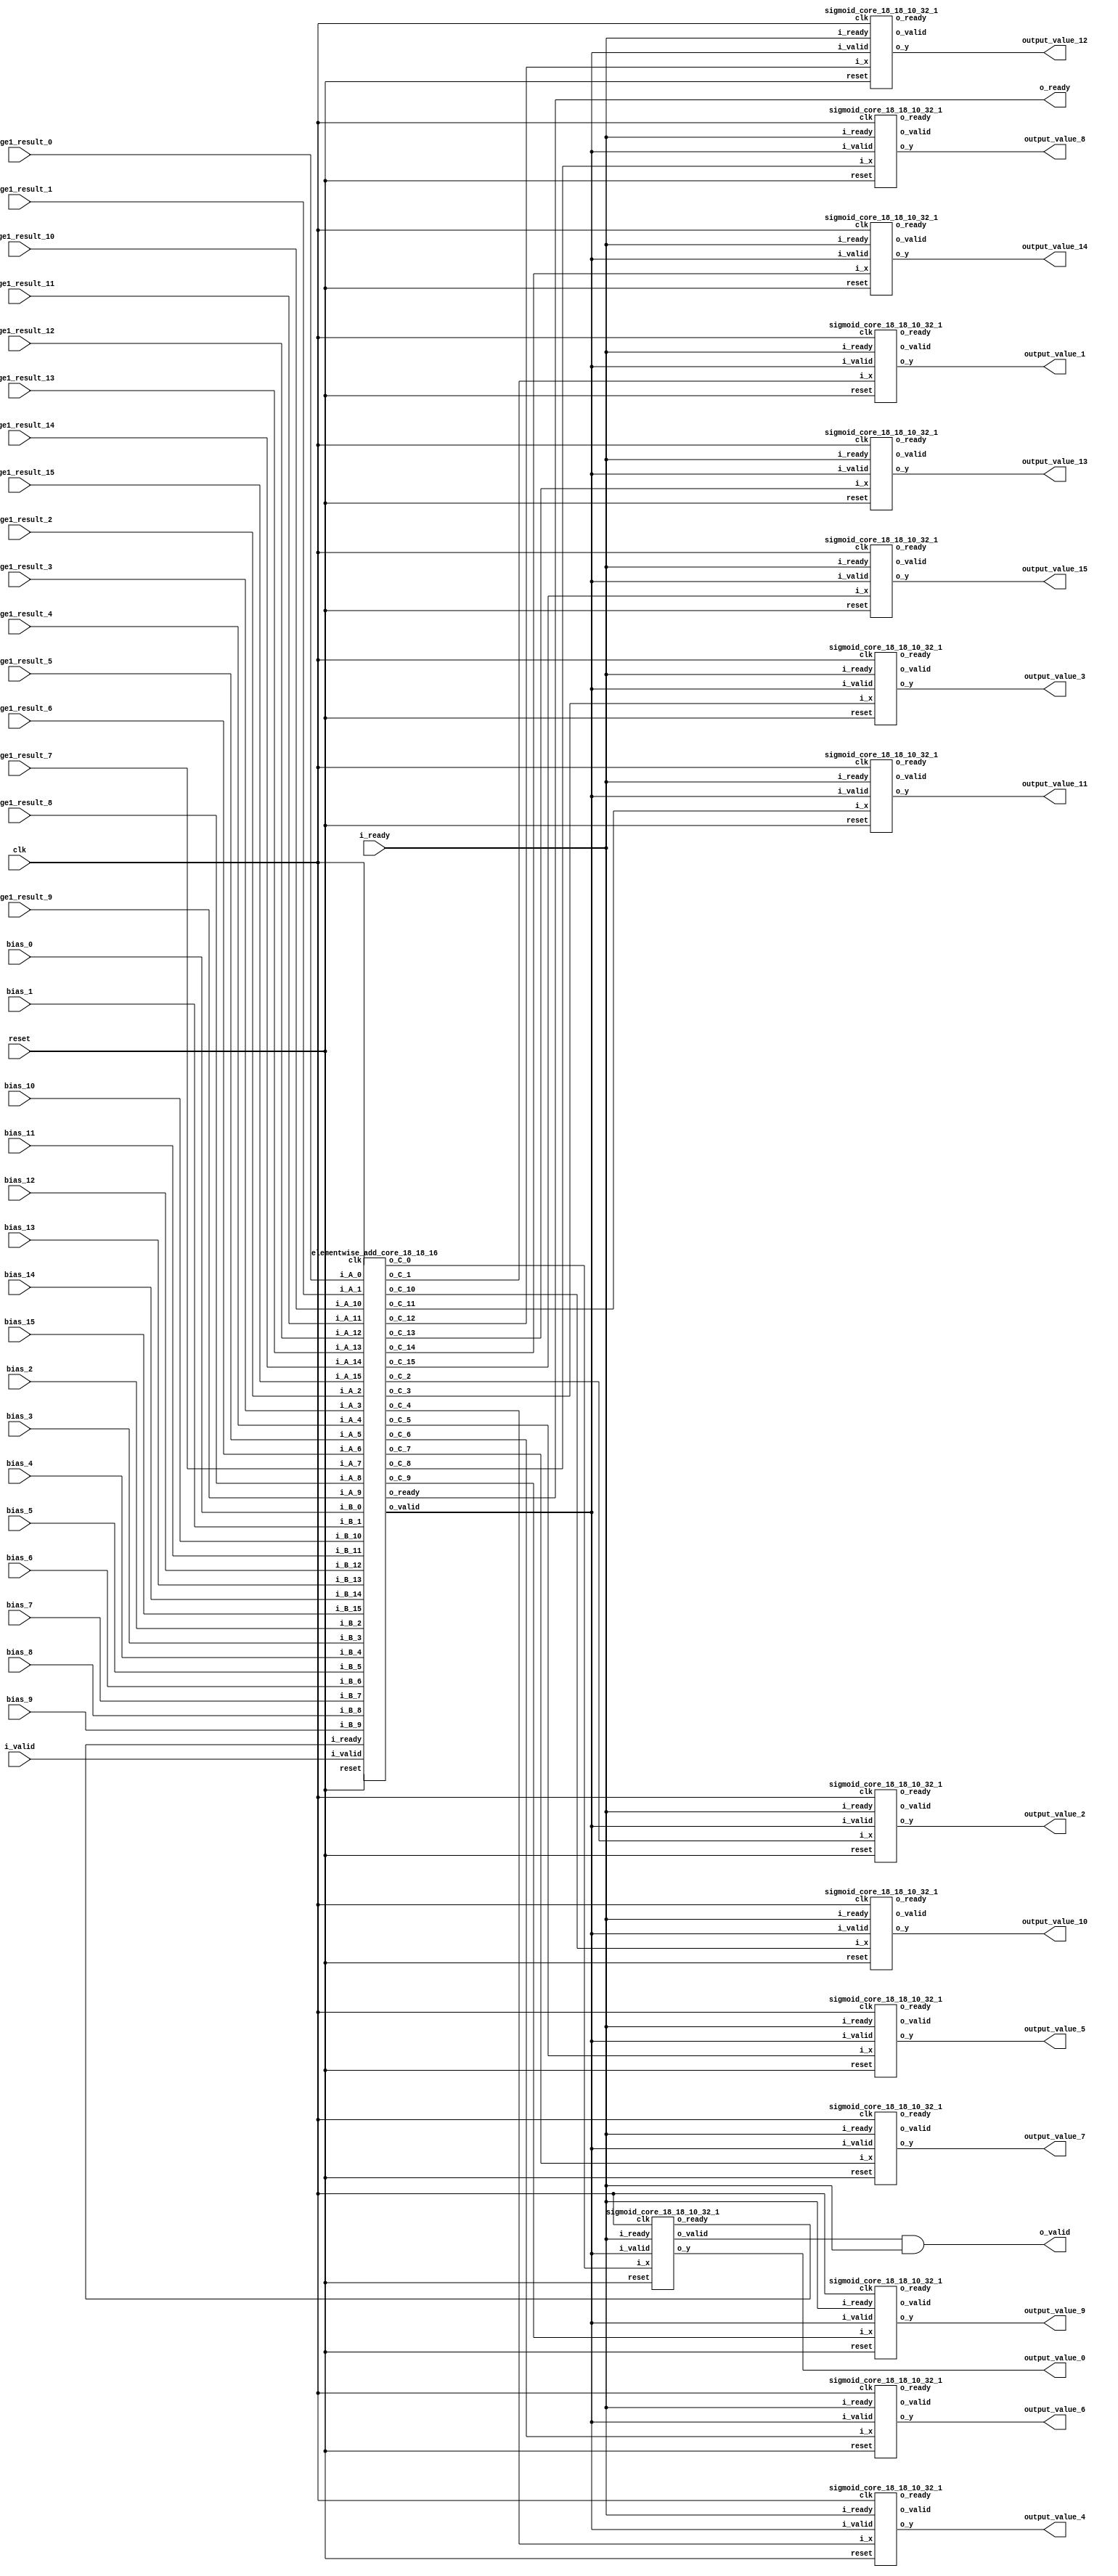
`define SIMULATION_MEMORY

module output_activation_18_10_16_1 (
	input clk,
	input reset,
	input i_ready,
	input i_valid,
	input [17:0] stage1_result_0,
	input [17:0] bias_0,
	output [17:0] output_value_0,
	input [17:0] stage1_result_1,
	input [17:0] bias_1,
	output [17:0] output_value_1,
	input [17:0] stage1_result_2,
	input [17:0] bias_2,
	output [17:0] output_value_2,
	input [17:0] stage1_result_3,
	input [17:0] bias_3,
	output [17:0] output_value_3,
	input [17:0] stage1_result_4,
	input [17:0] bias_4,
	output [17:0] output_value_4,
	input [17:0] stage1_result_5,
	input [17:0] bias_5,
	output [17:0] output_value_5,
	input [17:0] stage1_result_6,
	input [17:0] bias_6,
	output [17:0] output_value_6,
	input [17:0] stage1_result_7,
	input [17:0] bias_7,
	output [17:0] output_value_7,
	input [17:0] stage1_result_8,
	input [17:0] bias_8,
	output [17:0] output_value_8,
	input [17:0] stage1_result_9,
	input [17:0] bias_9,
	output [17:0] output_value_9,
	input [17:0] stage1_result_10,
	input [17:0] bias_10,
	output [17:0] output_value_10,
	input [17:0] stage1_result_11,
	input [17:0] bias_11,
	output [17:0] output_value_11,
	input [17:0] stage1_result_12,
	input [17:0] bias_12,
	output [17:0] output_value_12,
	input [17:0] stage1_result_13,
	input [17:0] bias_13,
	output [17:0] output_value_13,
	input [17:0] stage1_result_14,
	input [17:0] bias_14,
	output [17:0] output_value_14,
	input [17:0] stage1_result_15,
	input [17:0] bias_15,
	output [17:0] output_value_15,
	output o_valid,
	output o_ready
);

wire adder2_valid, adder2_ready;
wire sigmoid_valid_0, sigmoid_ready_0;
wire [17:0] o_add2_0;
wire [17:0] o_sigmoid_0;
wire sigmoid_valid_1, sigmoid_ready_1;
wire [17:0] o_add2_1;
wire [17:0] o_sigmoid_1;
wire sigmoid_valid_2, sigmoid_ready_2;
wire [17:0] o_add2_2;
wire [17:0] o_sigmoid_2;
wire sigmoid_valid_3, sigmoid_ready_3;
wire [17:0] o_add2_3;
wire [17:0] o_sigmoid_3;
wire sigmoid_valid_4, sigmoid_ready_4;
wire [17:0] o_add2_4;
wire [17:0] o_sigmoid_4;
wire sigmoid_valid_5, sigmoid_ready_5;
wire [17:0] o_add2_5;
wire [17:0] o_sigmoid_5;
wire sigmoid_valid_6, sigmoid_ready_6;
wire [17:0] o_add2_6;
wire [17:0] o_sigmoid_6;
wire sigmoid_valid_7, sigmoid_ready_7;
wire [17:0] o_add2_7;
wire [17:0] o_sigmoid_7;
wire sigmoid_valid_8, sigmoid_ready_8;
wire [17:0] o_add2_8;
wire [17:0] o_sigmoid_8;
wire sigmoid_valid_9, sigmoid_ready_9;
wire [17:0] o_add2_9;
wire [17:0] o_sigmoid_9;
wire sigmoid_valid_10, sigmoid_ready_10;
wire [17:0] o_add2_10;
wire [17:0] o_sigmoid_10;
wire sigmoid_valid_11, sigmoid_ready_11;
wire [17:0] o_add2_11;
wire [17:0] o_sigmoid_11;
wire sigmoid_valid_12, sigmoid_ready_12;
wire [17:0] o_add2_12;
wire [17:0] o_sigmoid_12;
wire sigmoid_valid_13, sigmoid_ready_13;
wire [17:0] o_add2_13;
wire [17:0] o_sigmoid_13;
wire sigmoid_valid_14, sigmoid_ready_14;
wire [17:0] o_add2_14;
wire [17:0] o_sigmoid_14;
wire sigmoid_valid_15, sigmoid_ready_15;
wire [17:0] o_add2_15;
wire [17:0] o_sigmoid_15;
wire enable;
assign enable = i_ready;

elementwise_add_core_18_18_16 elementwise_add_core_18_18_16_inst (
	.clk(clk),
	.reset(reset),
	.i_valid(i_valid),
	.i_ready(sigmoid_ready_0),
	.i_A_0(stage1_result_0),
	.i_B_0(bias_0),
	.o_C_0(o_add2_0),
	.i_A_1(stage1_result_1),
	.i_B_1(bias_1),
	.o_C_1(o_add2_1),
	.i_A_2(stage1_result_2),
	.i_B_2(bias_2),
	.o_C_2(o_add2_2),
	.i_A_3(stage1_result_3),
	.i_B_3(bias_3),
	.o_C_3(o_add2_3),
	.i_A_4(stage1_result_4),
	.i_B_4(bias_4),
	.o_C_4(o_add2_4),
	.i_A_5(stage1_result_5),
	.i_B_5(bias_5),
	.o_C_5(o_add2_5),
	.i_A_6(stage1_result_6),
	.i_B_6(bias_6),
	.o_C_6(o_add2_6),
	.i_A_7(stage1_result_7),
	.i_B_7(bias_7),
	.o_C_7(o_add2_7),
	.i_A_8(stage1_result_8),
	.i_B_8(bias_8),
	.o_C_8(o_add2_8),
	.i_A_9(stage1_result_9),
	.i_B_9(bias_9),
	.o_C_9(o_add2_9),
	.i_A_10(stage1_result_10),
	.i_B_10(bias_10),
	.o_C_10(o_add2_10),
	.i_A_11(stage1_result_11),
	.i_B_11(bias_11),
	.o_C_11(o_add2_11),
	.i_A_12(stage1_result_12),
	.i_B_12(bias_12),
	.o_C_12(o_add2_12),
	.i_A_13(stage1_result_13),
	.i_B_13(bias_13),
	.o_C_13(o_add2_13),
	.i_A_14(stage1_result_14),
	.i_B_14(bias_14),
	.o_C_14(o_add2_14),
	.i_A_15(stage1_result_15),
	.i_B_15(bias_15),
	.o_C_15(o_add2_15),
	.o_valid(adder2_valid),
	.o_ready(adder2_ready)
);

sigmoid_core_18_18_10_32_1 sigmoid_core_18_18_10_32_1_inst_0 (
	.clk(clk),
	.reset(reset),
	.i_valid(adder2_valid),
	.i_ready(i_ready),
	.o_ready(sigmoid_ready_0),
	.o_valid(sigmoid_valid_0),
	.i_x(o_add2_0),
	.o_y(o_sigmoid_0)
);

sigmoid_core_18_18_10_32_1 sigmoid_core_18_18_10_32_1_inst_1 (
	.clk(clk),
	.reset(reset),
	.i_valid(adder2_valid),
	.i_ready(i_ready),
	.o_ready(sigmoid_ready_1),
	.o_valid(sigmoid_valid_1),
	.i_x(o_add2_1),
	.o_y(o_sigmoid_1)
);

sigmoid_core_18_18_10_32_1 sigmoid_core_18_18_10_32_1_inst_2 (
	.clk(clk),
	.reset(reset),
	.i_valid(adder2_valid),
	.i_ready(i_ready),
	.o_ready(sigmoid_ready_2),
	.o_valid(sigmoid_valid_2),
	.i_x(o_add2_2),
	.o_y(o_sigmoid_2)
);

sigmoid_core_18_18_10_32_1 sigmoid_core_18_18_10_32_1_inst_3 (
	.clk(clk),
	.reset(reset),
	.i_valid(adder2_valid),
	.i_ready(i_ready),
	.o_ready(sigmoid_ready_3),
	.o_valid(sigmoid_valid_3),
	.i_x(o_add2_3),
	.o_y(o_sigmoid_3)
);

sigmoid_core_18_18_10_32_1 sigmoid_core_18_18_10_32_1_inst_4 (
	.clk(clk),
	.reset(reset),
	.i_valid(adder2_valid),
	.i_ready(i_ready),
	.o_ready(sigmoid_ready_4),
	.o_valid(sigmoid_valid_4),
	.i_x(o_add2_4),
	.o_y(o_sigmoid_4)
);

sigmoid_core_18_18_10_32_1 sigmoid_core_18_18_10_32_1_inst_5 (
	.clk(clk),
	.reset(reset),
	.i_valid(adder2_valid),
	.i_ready(i_ready),
	.o_ready(sigmoid_ready_5),
	.o_valid(sigmoid_valid_5),
	.i_x(o_add2_5),
	.o_y(o_sigmoid_5)
);

sigmoid_core_18_18_10_32_1 sigmoid_core_18_18_10_32_1_inst_6 (
	.clk(clk),
	.reset(reset),
	.i_valid(adder2_valid),
	.i_ready(i_ready),
	.o_ready(sigmoid_ready_6),
	.o_valid(sigmoid_valid_6),
	.i_x(o_add2_6),
	.o_y(o_sigmoid_6)
);

sigmoid_core_18_18_10_32_1 sigmoid_core_18_18_10_32_1_inst_7 (
	.clk(clk),
	.reset(reset),
	.i_valid(adder2_valid),
	.i_ready(i_ready),
	.o_ready(sigmoid_ready_7),
	.o_valid(sigmoid_valid_7),
	.i_x(o_add2_7),
	.o_y(o_sigmoid_7)
);

sigmoid_core_18_18_10_32_1 sigmoid_core_18_18_10_32_1_inst_8 (
	.clk(clk),
	.reset(reset),
	.i_valid(adder2_valid),
	.i_ready(i_ready),
	.o_ready(sigmoid_ready_8),
	.o_valid(sigmoid_valid_8),
	.i_x(o_add2_8),
	.o_y(o_sigmoid_8)
);

sigmoid_core_18_18_10_32_1 sigmoid_core_18_18_10_32_1_inst_9 (
	.clk(clk),
	.reset(reset),
	.i_valid(adder2_valid),
	.i_ready(i_ready),
	.o_ready(sigmoid_ready_9),
	.o_valid(sigmoid_valid_9),
	.i_x(o_add2_9),
	.o_y(o_sigmoid_9)
);

sigmoid_core_18_18_10_32_1 sigmoid_core_18_18_10_32_1_inst_10 (
	.clk(clk),
	.reset(reset),
	.i_valid(adder2_valid),
	.i_ready(i_ready),
	.o_ready(sigmoid_ready_10),
	.o_valid(sigmoid_valid_10),
	.i_x(o_add2_10),
	.o_y(o_sigmoid_10)
);

sigmoid_core_18_18_10_32_1 sigmoid_core_18_18_10_32_1_inst_11 (
	.clk(clk),
	.reset(reset),
	.i_valid(adder2_valid),
	.i_ready(i_ready),
	.o_ready(sigmoid_ready_11),
	.o_valid(sigmoid_valid_11),
	.i_x(o_add2_11),
	.o_y(o_sigmoid_11)
);

sigmoid_core_18_18_10_32_1 sigmoid_core_18_18_10_32_1_inst_12 (
	.clk(clk),
	.reset(reset),
	.i_valid(adder2_valid),
	.i_ready(i_ready),
	.o_ready(sigmoid_ready_12),
	.o_valid(sigmoid_valid_12),
	.i_x(o_add2_12),
	.o_y(o_sigmoid_12)
);

sigmoid_core_18_18_10_32_1 sigmoid_core_18_18_10_32_1_inst_13 (
	.clk(clk),
	.reset(reset),
	.i_valid(adder2_valid),
	.i_ready(i_ready),
	.o_ready(sigmoid_ready_13),
	.o_valid(sigmoid_valid_13),
	.i_x(o_add2_13),
	.o_y(o_sigmoid_13)
);

sigmoid_core_18_18_10_32_1 sigmoid_core_18_18_10_32_1_inst_14 (
	.clk(clk),
	.reset(reset),
	.i_valid(adder2_valid),
	.i_ready(i_ready),
	.o_ready(sigmoid_ready_14),
	.o_valid(sigmoid_valid_14),
	.i_x(o_add2_14),
	.o_y(o_sigmoid_14)
);

sigmoid_core_18_18_10_32_1 sigmoid_core_18_18_10_32_1_inst_15 (
	.clk(clk),
	.reset(reset),
	.i_valid(adder2_valid),
	.i_ready(i_ready),
	.o_ready(sigmoid_ready_15),
	.o_valid(sigmoid_valid_15),
	.i_x(o_add2_15),
	.o_y(o_sigmoid_15)
);

assign o_ready = adder2_ready;
assign o_valid = sigmoid_valid_0 & i_ready;
assign output_value_0 = o_sigmoid_0;
assign output_value_1 = o_sigmoid_1;
assign output_value_2 = o_sigmoid_2;
assign output_value_3 = o_sigmoid_3;
assign output_value_4 = o_sigmoid_4;
assign output_value_5 = o_sigmoid_5;
assign output_value_6 = o_sigmoid_6;
assign output_value_7 = o_sigmoid_7;
assign output_value_8 = o_sigmoid_8;
assign output_value_9 = o_sigmoid_9;
assign output_value_10 = o_sigmoid_10;
assign output_value_11 = o_sigmoid_11;
assign output_value_12 = o_sigmoid_12;
assign output_value_13 = o_sigmoid_13;
assign output_value_14 = o_sigmoid_14;
assign output_value_15 = o_sigmoid_15;

endmodule
module sigmoid_core_18_18_10_32_1 ( 
	input clk,
	input reset,
	input i_valid,
	input i_ready,
	output o_ready,
	output o_valid,
	input [17:0] i_x,
	output [17:0] o_y
);

reg [12:0] k_list_0;
reg [12:0] b_list_0;
reg [12:0] k_list_1;
reg [12:0] b_list_1;
reg [12:0] k_list_2;
reg [12:0] b_list_2;
reg [12:0] k_list_3;
reg [12:0] b_list_3;
reg [12:0] k_list_4;
reg [12:0] b_list_4;
reg [12:0] k_list_5;
reg [12:0] b_list_5;
reg [12:0] k_list_6;
reg [12:0] b_list_6;
reg [12:0] k_list_7;
reg [12:0] b_list_7;
reg [12:0] k_list_8;
reg [12:0] b_list_8;
reg [12:0] k_list_9;
reg [12:0] b_list_9;
reg [12:0] k_list_10;
reg [12:0] b_list_10;
reg [12:0] k_list_11;
reg [12:0] b_list_11;
reg [12:0] k_list_12;
reg [12:0] b_list_12;
reg [12:0] k_list_13;
reg [12:0] b_list_13;
reg [12:0] k_list_14;
reg [12:0] b_list_14;
reg [12:0] k_list_15;
reg [12:0] b_list_15;
reg [12:0] k_list_16;
reg [12:0] b_list_16;
reg [12:0] k_list_17;
reg [12:0] b_list_17;
reg [12:0] k_list_18;
reg [12:0] b_list_18;
reg [12:0] k_list_19;
reg [12:0] b_list_19;
reg [12:0] k_list_20;
reg [12:0] b_list_20;
reg [12:0] k_list_21;
reg [12:0] b_list_21;
reg [12:0] k_list_22;
reg [12:0] b_list_22;
reg [12:0] k_list_23;
reg [12:0] b_list_23;
reg [12:0] k_list_24;
reg [12:0] b_list_24;
reg [12:0] k_list_25;
reg [12:0] b_list_25;
reg [12:0] k_list_26;
reg [12:0] b_list_26;
reg [12:0] k_list_27;
reg [12:0] b_list_27;
reg [12:0] k_list_28;
reg [12:0] b_list_28;
reg [12:0] k_list_29;
reg [12:0] b_list_29;
reg [12:0] k_list_30;
reg [12:0] b_list_30;
reg [12:0] k_list_31;
reg [12:0] b_list_31;

always @ (posedge clk) begin
	k_list_0  <= 13'b0000111111101;
	k_list_1  <= 13'b0000111101110;
	k_list_2  <= 13'b0000111010001;
	k_list_3  <= 13'b0000110101001;
	k_list_4  <= 13'b0000101111011;
	k_list_5  <= 13'b0000101001010;
	k_list_6  <= 13'b0000100011010;
	k_list_7  <= 13'b0000011101100;
	k_list_8  <= 13'b0000011000011;
	k_list_9  <= 13'b0000010100000;
	k_list_10 <= 13'b0000010000001;
	k_list_11 <= 13'b0000001101000;
	k_list_12 <= 13'b0000001010011;
	k_list_13 <= 13'b0000001000010;
	k_list_14 <= 13'b0000000110100;
	k_list_15 <= 13'b0000000101001;
	k_list_16 <= 13'b0000000100000;
	k_list_17 <= 13'b0000000011001;
	k_list_18 <= 13'b0000000010100;
	k_list_19 <= 13'b0000000001111;
	k_list_20 <= 13'b0000000001100;
	k_list_21 <= 13'b0000000001001;
	k_list_22 <= 13'b0000000000111;
	k_list_23 <= 13'b0000000000110;
	k_list_24 <= 13'b0000000000100;
	k_list_25 <= 13'b0000000000011;
	k_list_26 <= 13'b0000000000011;
	k_list_27 <= 13'b0000000000010;
	k_list_28 <= 13'b0000000000010;
	k_list_29 <= 13'b0000000000001;
	k_list_30 <= 13'b0000000000001;
	k_list_31 <= 13'b0000000000001;
	b_list_0  <= 13'b0010000000000;
	b_list_1  <= 13'b0010000000100;
	b_list_2  <= 13'b0010000010010;
	b_list_3  <= 13'b0010000110000;
	b_list_4  <= 13'b0010001011110;
	b_list_5  <= 13'b0010010011011;
	b_list_6  <= 13'b0010011100100;
	b_list_7  <= 13'b0010100110011;
	b_list_8  <= 13'b0010110000101;
	b_list_9  <= 13'b0010111010101;
	b_list_10 <= 13'b0011000100010;
	b_list_11 <= 13'b0011001101000;
	b_list_12 <= 13'b0011010100111;
	b_list_13 <= 13'b0011011011110;
	b_list_14 <= 13'b0011100001110;
	b_list_15 <= 13'b0011100111000;
	b_list_16 <= 13'b0011101011011;
	b_list_17 <= 13'b0011101111000;
	b_list_18 <= 13'b0011110010001;
	b_list_19 <= 13'b0011110100101;
	b_list_20 <= 13'b0011110110110;
	b_list_21 <= 13'b0011111000100;
	b_list_22 <= 13'b0011111001111;
	b_list_23 <= 13'b0011111011001;
	b_list_24 <= 13'b0011111100000;
	b_list_25 <= 13'b0011111100110;
	b_list_26 <= 13'b0011111101011;
	b_list_27 <= 13'b0011111101111;
	b_list_28 <= 13'b0011111110011;
	b_list_29 <= 13'b0011111110101;
	b_list_30 <= 13'b0011111110111;
	b_list_31 <= 13'b0011111111001;
end
reg [17:0] x;
reg [17:0] y;
reg valid_x, valid_y, enable;
wire [4:0] sel_k_b;

wire abs_valid, round_valid, mult_valid, compute_valid;
reg use_boundary_value;
reg [12:0] mac_ay;
reg [22:0] mac_az;
reg is_x_negative;
wire is_x_negative_hold;
wire [17:0] abs_x;
wire [17:0] x_partial;
reg [31:0] y_compute;
wire [31:0] x_k_plus_b;
wire [31:0] y_rounded;

assign x_partial = (abs_x >> 8);
assign sel_k_b = x_partial [4:0];

reg [12:0] selected_k, selected_b;
always @ (*) begin
	if (sel_k_b == 0) begin
		selected_k <= k_list_0;
		selected_b <= b_list_0;
	end else if (sel_k_b == 1) begin
		selected_k <= k_list_1;
		selected_b <= b_list_1;
	end else if (sel_k_b == 2) begin
		selected_k <= k_list_2;
		selected_b <= b_list_2;
	end else if (sel_k_b == 3) begin
		selected_k <= k_list_3;
		selected_b <= b_list_3;
	end else if (sel_k_b == 4) begin
		selected_k <= k_list_4;
		selected_b <= b_list_4;
	end else if (sel_k_b == 5) begin
		selected_k <= k_list_5;
		selected_b <= b_list_5;
	end else if (sel_k_b == 6) begin
		selected_k <= k_list_6;
		selected_b <= b_list_6;
	end else if (sel_k_b == 7) begin
		selected_k <= k_list_7;
		selected_b <= b_list_7;
	end else if (sel_k_b == 8) begin
		selected_k <= k_list_8;
		selected_b <= b_list_8;
	end else if (sel_k_b == 9) begin
		selected_k <= k_list_9;
		selected_b <= b_list_9;
	end else if (sel_k_b == 10) begin
		selected_k <= k_list_10;
		selected_b <= b_list_10;
	end else if (sel_k_b == 11) begin
		selected_k <= k_list_11;
		selected_b <= b_list_11;
	end else if (sel_k_b == 12) begin
		selected_k <= k_list_12;
		selected_b <= b_list_12;
	end else if (sel_k_b == 13) begin
		selected_k <= k_list_13;
		selected_b <= b_list_13;
	end else if (sel_k_b == 14) begin
		selected_k <= k_list_14;
		selected_b <= b_list_14;
	end else if (sel_k_b == 15) begin
		selected_k <= k_list_15;
		selected_b <= b_list_15;
	end else if (sel_k_b == 16) begin
		selected_k <= k_list_16;
		selected_b <= b_list_16;
	end else if (sel_k_b == 17) begin
		selected_k <= k_list_17;
		selected_b <= b_list_17;
	end else if (sel_k_b == 18) begin
		selected_k <= k_list_18;
		selected_b <= b_list_18;
	end else if (sel_k_b == 19) begin
		selected_k <= k_list_19;
		selected_b <= b_list_19;
	end else if (sel_k_b == 20) begin
		selected_k <= k_list_20;
		selected_b <= b_list_20;
	end else if (sel_k_b == 21) begin
		selected_k <= k_list_21;
		selected_b <= b_list_21;
	end else if (sel_k_b == 22) begin
		selected_k <= k_list_22;
		selected_b <= b_list_22;
	end else if (sel_k_b == 23) begin
		selected_k <= k_list_23;
		selected_b <= b_list_23;
	end else if (sel_k_b == 24) begin
		selected_k <= k_list_24;
		selected_b <= b_list_24;
	end else if (sel_k_b == 25) begin
		selected_k <= k_list_25;
		selected_b <= b_list_25;
	end else if (sel_k_b == 26) begin
		selected_k <= k_list_26;
		selected_b <= b_list_26;
	end else if (sel_k_b == 27) begin
		selected_k <= k_list_27;
		selected_b <= b_list_27;
	end else if (sel_k_b == 28) begin
		selected_k <= k_list_28;
		selected_b <= b_list_28;
	end else if (sel_k_b == 29) begin
		selected_k <= k_list_29;
		selected_b <= b_list_29;
	end else if (sel_k_b == 30) begin
		selected_k <= k_list_30;
		selected_b <= b_list_30;
	end else if (sel_k_b == 31) begin
		selected_k <= k_list_31;
		selected_b <= b_list_31;
	end else begin
		selected_k <= 0;
		selected_b <= 0;
	end
end
always @ (*) begin
	if (abs_x >= 8192) begin
		use_boundary_value <= 1'b1;
		mac_ay <= 0;
		mac_az <= 2097152;
	end else begin
		use_boundary_value <= 1'b0;
		mac_ay <= selected_k;
		mac_az <= (selected_b << 10);
	end
end
dsp_signed_mac_18_13_23_32 dsp_signed_mac_18_13_23_32_inst (
	.clk(clk),
	.reset(reset),
	.ena(enable),
	.ax(abs_x),
	.ay(mac_ay),
	.az(mac_az),
	.i_valid(abs_valid),
	.o_valid(compute_valid),
	.resulta(x_k_plus_b)
);

shift_register_unit_1_3 shift_register_unit_1_3_inst (
	.clk(clk),
	.reset(reset),
	.enable(enable),
	.in(is_x_negative),
	.out(is_x_negative_hold)
);

abs_unit_18 abs_unit_18_inst (
	.clk(clk),
	.reset(reset),
	.enable(enable),
	.i_valid(valid_x),
	.in(x),
	.o_valid(abs_valid),
	.out(abs_x)
);

fp_rounding_unit_1_32_11 fp_rounding_unit_1_32_11_inst (
	.clk(clk),
	.reset(reset),
	.enable(enable),
	.i_valid(compute_valid),
	.in(y_compute),
	.o_valid(round_valid),
	.out(y_rounded)
);

always @ (*) begin
	if (is_x_negative_hold)
		y_compute = 2097152 - x_k_plus_b;
	else 
		y_compute = x_k_plus_b;
	enable = i_ready;
end
always @ (posedge clk) begin
	if (reset) begin 
		valid_x <= 1'b0;
		valid_y <= 1'b0;
		x <= 0;
		y <= 0;
	end else if (enable) begin 
		valid_x <= i_valid;
		valid_y <= round_valid;
		x <= i_x;
		if (x[17] == 1'b1)
			is_x_negative <= 1'b1;
		else
			is_x_negative <= 1'b0;
		y <= y_rounded[17:0];
	end
end

assign o_y = y;
assign o_ready = i_ready;
assign o_valid = valid_y & i_ready;

endmodule

module abs_unit_18 (
	input clk,
	input reset,
	input enable,
	input i_valid,
	input [17:0] in,
	output o_valid,
	output [17:0] out
);

reg [17:0] abs_result;

always @ (*) begin
	if (in[17] == 1'b1)
		abs_result = -in;
	else 
		abs_result = in;
end

reg valid_reg;
reg [17:0] out_reg;
always @ (posedge clk) begin
	if (reset) begin
		valid_reg <= 1'b0;
		out_reg <= 0;
	end else if (enable) begin
		valid_reg <= i_valid;
		out_reg <= abs_result;
	end
end
assign out = out_reg;
assign o_valid = valid_reg;
endmodule

module dsp_signed_mac_18_13_23_32 (
	input clk,
	input reset,
	input ena,
	input i_valid,
	input [17:0] ax,
	input [12:0] ay,
	input [22:0] az,
	output o_valid,
	output [31:0] resulta
);

reg [17:0] reg_ax;
reg [12:0] reg_ay;
reg [22:0] reg_az;
reg [31:0] reg_res;
always @ (posedge clk) begin
	if (reset) begin
		reg_ax  <= 0;
		reg_ay  <= 0;
		reg_az  <= 0;
		reg_res <= 0;
	end else begin
		reg_ax  <= ax;
		reg_ay  <= ay;
		reg_az  <= az;
		reg_res <= (reg_ax * reg_ay) + reg_az;
	end
end

assign resulta = reg_res;
reg input_valid, result_valid, output_valid;
always @ (posedge clk) begin
	if (reset) begin
		output_valid <= 1'b0;
		input_valid <= 1'b0;
		result_valid <= 1'b0;
	end else if (ena) begin
		input_valid <= i_valid;
		result_valid <= input_valid;
		output_valid <= result_valid;
	end
end
assign o_valid = output_valid;
endmodule

module elementwise_add_core_18_18_16 (
	input clk,
	input reset,
	input i_valid,
	input i_ready,
	input [17:0] i_A_0,
	input [17:0] i_B_0,
	output [17:0] o_C_0,
	input [17:0] i_A_1,
	input [17:0] i_B_1,
	output [17:0] o_C_1,
	input [17:0] i_A_2,
	input [17:0] i_B_2,
	output [17:0] o_C_2,
	input [17:0] i_A_3,
	input [17:0] i_B_3,
	output [17:0] o_C_3,
	input [17:0] i_A_4,
	input [17:0] i_B_4,
	output [17:0] o_C_4,
	input [17:0] i_A_5,
	input [17:0] i_B_5,
	output [17:0] o_C_5,
	input [17:0] i_A_6,
	input [17:0] i_B_6,
	output [17:0] o_C_6,
	input [17:0] i_A_7,
	input [17:0] i_B_7,
	output [17:0] o_C_7,
	input [17:0] i_A_8,
	input [17:0] i_B_8,
	output [17:0] o_C_8,
	input [17:0] i_A_9,
	input [17:0] i_B_9,
	output [17:0] o_C_9,
	input [17:0] i_A_10,
	input [17:0] i_B_10,
	output [17:0] o_C_10,
	input [17:0] i_A_11,
	input [17:0] i_B_11,
	output [17:0] o_C_11,
	input [17:0] i_A_12,
	input [17:0] i_B_12,
	output [17:0] o_C_12,
	input [17:0] i_A_13,
	input [17:0] i_B_13,
	output [17:0] o_C_13,
	input [17:0] i_A_14,
	input [17:0] i_B_14,
	output [17:0] o_C_14,
	input [17:0] i_A_15,
	input [17:0] i_B_15,
	output [17:0] o_C_15,
	output o_valid,
	output o_ready
);

reg [17:0] reg_A_0;
reg [17:0] reg_B_0;
reg [17:0] reg_C_0;
reg [17:0] reg_A_1;
reg [17:0] reg_B_1;
reg [17:0] reg_C_1;
reg [17:0] reg_A_2;
reg [17:0] reg_B_2;
reg [17:0] reg_C_2;
reg [17:0] reg_A_3;
reg [17:0] reg_B_3;
reg [17:0] reg_C_3;
reg [17:0] reg_A_4;
reg [17:0] reg_B_4;
reg [17:0] reg_C_4;
reg [17:0] reg_A_5;
reg [17:0] reg_B_5;
reg [17:0] reg_C_5;
reg [17:0] reg_A_6;
reg [17:0] reg_B_6;
reg [17:0] reg_C_6;
reg [17:0] reg_A_7;
reg [17:0] reg_B_7;
reg [17:0] reg_C_7;
reg [17:0] reg_A_8;
reg [17:0] reg_B_8;
reg [17:0] reg_C_8;
reg [17:0] reg_A_9;
reg [17:0] reg_B_9;
reg [17:0] reg_C_9;
reg [17:0] reg_A_10;
reg [17:0] reg_B_10;
reg [17:0] reg_C_10;
reg [17:0] reg_A_11;
reg [17:0] reg_B_11;
reg [17:0] reg_C_11;
reg [17:0] reg_A_12;
reg [17:0] reg_B_12;
reg [17:0] reg_C_12;
reg [17:0] reg_A_13;
reg [17:0] reg_B_13;
reg [17:0] reg_C_13;
reg [17:0] reg_A_14;
reg [17:0] reg_B_14;
reg [17:0] reg_C_14;
reg [17:0] reg_A_15;
reg [17:0] reg_B_15;
reg [17:0] reg_C_15;

reg valid_A_B, valid_C;
wire enable;
assign enable = i_ready;

always @ (posedge clk) begin
	if (reset) begin
		valid_A_B <= 1'b0;
		valid_C <= 1'b0;
		reg_A_0 <= 0;
		reg_B_0 <= 0;
		reg_C_0 <= 0;
		reg_A_1 <= 0;
		reg_B_1 <= 0;
		reg_C_1 <= 0;
		reg_A_2 <= 0;
		reg_B_2 <= 0;
		reg_C_2 <= 0;
		reg_A_3 <= 0;
		reg_B_3 <= 0;
		reg_C_3 <= 0;
		reg_A_4 <= 0;
		reg_B_4 <= 0;
		reg_C_4 <= 0;
		reg_A_5 <= 0;
		reg_B_5 <= 0;
		reg_C_5 <= 0;
		reg_A_6 <= 0;
		reg_B_6 <= 0;
		reg_C_6 <= 0;
		reg_A_7 <= 0;
		reg_B_7 <= 0;
		reg_C_7 <= 0;
		reg_A_8 <= 0;
		reg_B_8 <= 0;
		reg_C_8 <= 0;
		reg_A_9 <= 0;
		reg_B_9 <= 0;
		reg_C_9 <= 0;
		reg_A_10 <= 0;
		reg_B_10 <= 0;
		reg_C_10 <= 0;
		reg_A_11 <= 0;
		reg_B_11 <= 0;
		reg_C_11 <= 0;
		reg_A_12 <= 0;
		reg_B_12 <= 0;
		reg_C_12 <= 0;
		reg_A_13 <= 0;
		reg_B_13 <= 0;
		reg_C_13 <= 0;
		reg_A_14 <= 0;
		reg_B_14 <= 0;
		reg_C_14 <= 0;
		reg_A_15 <= 0;
		reg_B_15 <= 0;
		reg_C_15 <= 0;
	end else if (enable) begin
		reg_A_0 <= i_A_0;
		reg_B_0 <= i_B_0;
		reg_C_0 <= reg_A_0 + reg_B_0;
		reg_A_1 <= i_A_1;
		reg_B_1 <= i_B_1;
		reg_C_1 <= reg_A_1 + reg_B_1;
		reg_A_2 <= i_A_2;
		reg_B_2 <= i_B_2;
		reg_C_2 <= reg_A_2 + reg_B_2;
		reg_A_3 <= i_A_3;
		reg_B_3 <= i_B_3;
		reg_C_3 <= reg_A_3 + reg_B_3;
		reg_A_4 <= i_A_4;
		reg_B_4 <= i_B_4;
		reg_C_4 <= reg_A_4 + reg_B_4;
		reg_A_5 <= i_A_5;
		reg_B_5 <= i_B_5;
		reg_C_5 <= reg_A_5 + reg_B_5;
		reg_A_6 <= i_A_6;
		reg_B_6 <= i_B_6;
		reg_C_6 <= reg_A_6 + reg_B_6;
		reg_A_7 <= i_A_7;
		reg_B_7 <= i_B_7;
		reg_C_7 <= reg_A_7 + reg_B_7;
		reg_A_8 <= i_A_8;
		reg_B_8 <= i_B_8;
		reg_C_8 <= reg_A_8 + reg_B_8;
		reg_A_9 <= i_A_9;
		reg_B_9 <= i_B_9;
		reg_C_9 <= reg_A_9 + reg_B_9;
		reg_A_10 <= i_A_10;
		reg_B_10 <= i_B_10;
		reg_C_10 <= reg_A_10 + reg_B_10;
		reg_A_11 <= i_A_11;
		reg_B_11 <= i_B_11;
		reg_C_11 <= reg_A_11 + reg_B_11;
		reg_A_12 <= i_A_12;
		reg_B_12 <= i_B_12;
		reg_C_12 <= reg_A_12 + reg_B_12;
		reg_A_13 <= i_A_13;
		reg_B_13 <= i_B_13;
		reg_C_13 <= reg_A_13 + reg_B_13;
		reg_A_14 <= i_A_14;
		reg_B_14 <= i_B_14;
		reg_C_14 <= reg_A_14 + reg_B_14;
		reg_A_15 <= i_A_15;
		reg_B_15 <= i_B_15;
		reg_C_15 <= reg_A_15 + reg_B_15;
		valid_A_B <= i_valid;
		valid_C <= valid_A_B;
	end
end

assign o_C_0 = reg_C_0;
assign o_C_1 = reg_C_1;
assign o_C_2 = reg_C_2;
assign o_C_3 = reg_C_3;
assign o_C_4 = reg_C_4;
assign o_C_5 = reg_C_5;
assign o_C_6 = reg_C_6;
assign o_C_7 = reg_C_7;
assign o_C_8 = reg_C_8;
assign o_C_9 = reg_C_9;
assign o_C_10 = reg_C_10;
assign o_C_11 = reg_C_11;
assign o_C_12 = reg_C_12;
assign o_C_13 = reg_C_13;
assign o_C_14 = reg_C_14;
assign o_C_15 = reg_C_15;
assign o_ready = i_ready;
assign o_valid = valid_C & i_ready;

endmodule

module fp_rounding_unit_1_32_11 (
	input clk,
	input reset,
	input enable,
	input i_valid,
	input [31:0] in,
	output [31:0] out,
	output o_valid
);

reg [31:0] rounded_result;
reg [31:0] floor;
reg [31:0] ceil;
reg is_ceil;
reg floor_ceil_valid;

always @ (*) begin
	if (is_ceil) begin
		rounded_result = ceil;
	end else begin
		rounded_result = floor;
	end
end

reg valid_reg;
reg [31:0] out_reg;
always @ (posedge clk) begin
	if (reset) begin
		is_ceil <= 1'b0;
		floor_ceil_valid <= 1'b0;
		valid_reg <= 1'b0;
		floor <= 0;
		ceil <= 0;
		out_reg <= 0;
	end else if (enable) begin
		is_ceil <= in[10];
		floor <= in >>> 11;
		ceil <= (in >>> 11) + 1;
		floor_ceil_valid <= i_valid;
		out_reg <= rounded_result;
		valid_reg <= floor_ceil_valid;
	end
end

assign o_valid = valid_reg;

assign out = out_reg;

endmodule

module shift_register_unit_1_3 (
	input clk,
	input reset,
	input enable,
	input [0:0] in,
	output [0:0] out
);

reg [0:0] shift_registers_0;
reg [0:0] shift_registers_1;
reg [0:0] shift_registers_2;
always @ (posedge clk) begin
	if (reset) begin
		shift_registers_0 <= 1'd0;
		shift_registers_1 <= 1'd0;
		shift_registers_2 <= 1'd0;
	end else if (enable) begin
		shift_registers_0 <= in;
		shift_registers_1 <= shift_registers_0;
		shift_registers_2 <= shift_registers_1;
	end
end

assign out = shift_registers_2;

endmodule